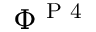
\Phi ^ { \mathrm { ~ P ~ 4 ~ } }